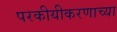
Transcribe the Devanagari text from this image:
परकीयीकरणाच्या